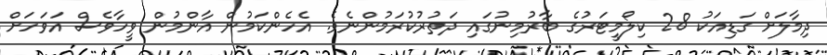
ދިމާލަށް ގަޑިއަކު 28 ކިލޯމީޓަރުގެ ބާރުމިނުގައި ދަތުރުކުރަމުންނެވެ. އެހެންކަމުން އާންމުން ވީހާވެސް އަވަހަށް